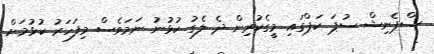
ސްޕެނިޝް ސުޕަ ކަޕްގައި މީގެކުރިން ދެ ލެގު ކުޅުނު ނަމަވެސް މިފަހަރު ކުޅުމަށް